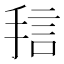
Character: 𱠅